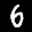
Digit: 6